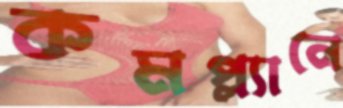
কমপ্ল্যানে